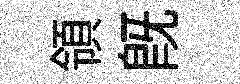
領旣